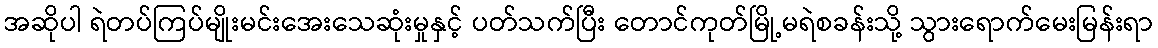
အဆိုပါ ရဲတပ်ကြပ်မျိုးမင်းအေးသေဆုံးမှုနှင့် ပတ်သက်ပြီး တောင်ကုတ်မြို့မရဲစခန်းသို့ သွားရောက်မေးမြန်းရာ